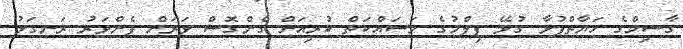
ގާސިމްގެ ހަޔާތްޕުޅާ ގުޅޭ ފިލްމުގެ މަަސައްކަތް ކުރިއަށް ގެންގޮސް ވަރަށް ފެންވަރު ރަނގަޅު